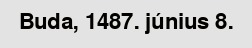
Buda, 1487. június 8.